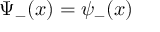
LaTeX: \Psi _ { - } ( x ) = \psi _ { - } ( x )